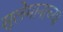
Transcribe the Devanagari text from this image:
सुलेमानाच्या